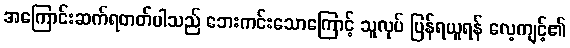
အကြောင်းဆက်ရတတ်ပါသည် ဘေးကင်းသောကြောင့် သူလုပ် ပြန်ရယူရန် လေ့ကျင့်၏